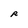
Character: R